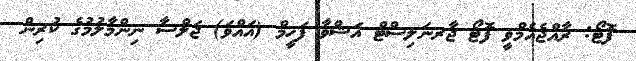
ފޮޓޯ: ރާއްޖެއެމްވީ ފޮޓޯ ޖާރނަލިސްޓް އަޝްވާ ފަހީމް (އައްވަ) ޖަލްސާ ނިންމާލުމުގެ ކުރިން